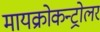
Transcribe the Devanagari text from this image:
मायक्रोकन्ट्रोलर